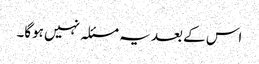
اس کے بعد یہ مسئلہ نہیں ہوگا۔